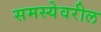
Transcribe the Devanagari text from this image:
समस्येवरील